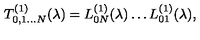
T _ { 0 , 1 \dots N } ^ { ( 1 ) } ( \lambda ) = L _ { 0 N } ^ { ( 1 ) } ( \lambda ) \dots L _ { 0 1 } ^ { ( 1 ) } ( \lambda ) ,